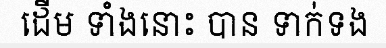
ដើម ទាំងនោះ បាន ទាក់ទង